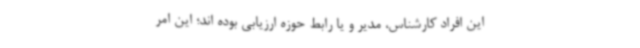
این افراد کارشناس، مدیر و یا رابط حوزه ارزیابی بوده اند؛ این امر